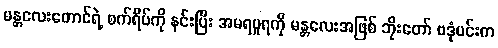
မန္တလေးတောင်ရဲ့ စက်ရိပ်ကို နင်းပြီး အမရပူရကို မန္တလေးအဖြစ် ဘိုးတော် ဗဒုံမင်းက